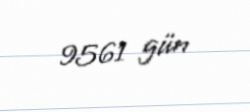
9561 gün